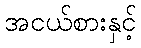
အငယ်စားနှင့်